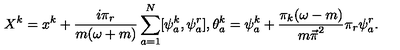
X ^ { k } = x ^ { k } + \frac { i \pi _ { r } } { m ( \omega + m ) } \sum _ { a = 1 } ^ { N } [ \psi _ { a } ^ { k } , \psi _ { a } ^ { r } ] , \theta _ { a } ^ { k } = \psi _ { a } ^ { k } + \frac { \pi _ { k } ( \omega - m ) } { { m \vec { \pi } } ^ { 2 } } \pi _ { r } \psi _ { a } ^ { r } .